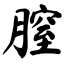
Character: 膣